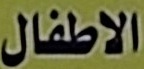
الاطفال